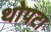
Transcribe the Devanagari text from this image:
थोपटा